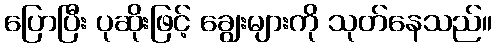
ပြောပြီး ပုဆိုးဖြင့် ချွေးများကို သုတ်နေသည်။